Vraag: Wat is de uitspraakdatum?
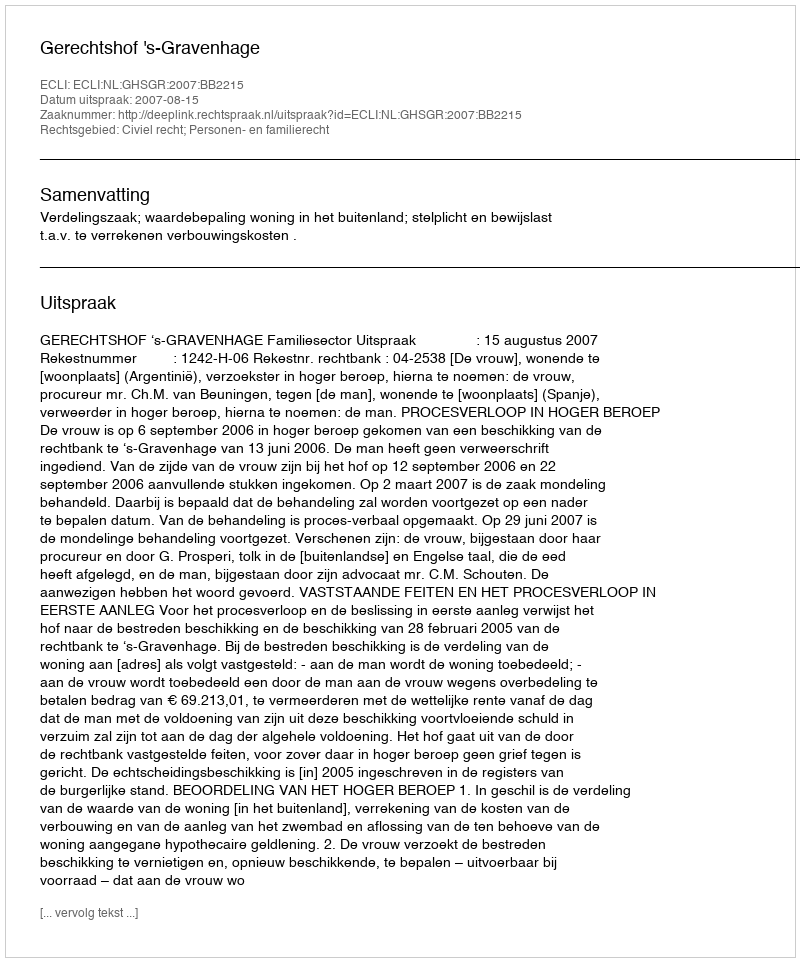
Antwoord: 2007-08-15